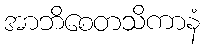
အာဘိစေတသိကာနံ